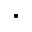
.